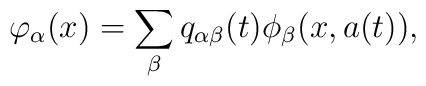
\varphi _{\alpha}(x)=\sum_{\beta }q_{\alpha \beta }(t)\phi_{\beta }(x,a(t)),